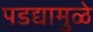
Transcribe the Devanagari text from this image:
पडद्यामुळे